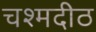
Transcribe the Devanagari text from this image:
चश्मदीठ